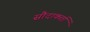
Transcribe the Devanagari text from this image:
सौदाकर्ता